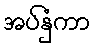
အပ်နှံကာ